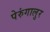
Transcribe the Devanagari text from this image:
पेरुंगालुर